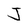
Character: J